Lunatic asylums in Bengal annual reports 1912-1924 - 1912-1924
Year: 1912
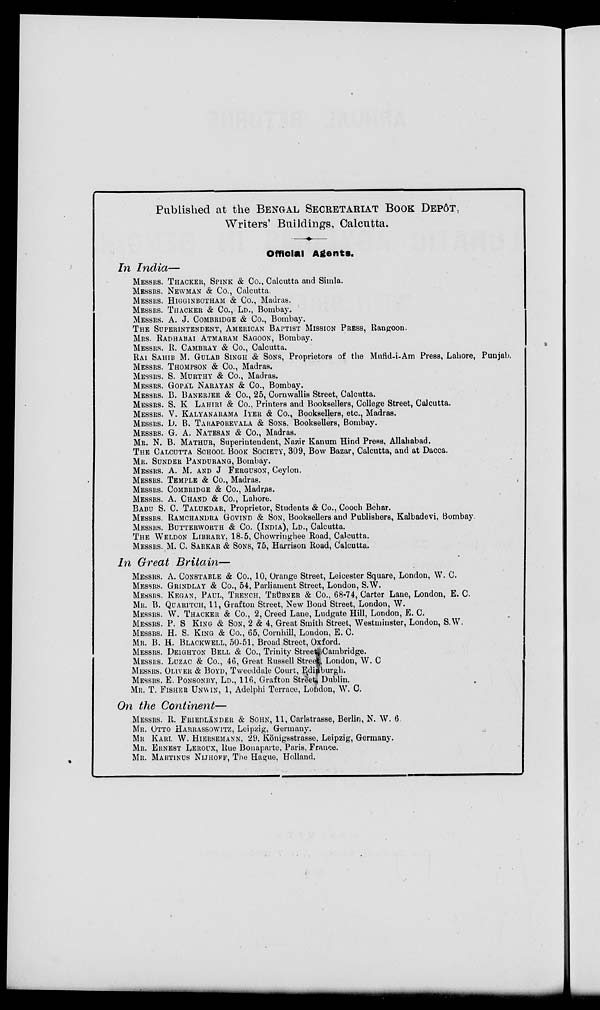
Published at the BENGAL SECRETARIAT BOOK DEPÔT
Writers' Buildings, Calcutta.
Official Agents.
In India—
MESSRS. THACKER, SPINK & Co., Calcutta and Simla.
MESSRS. NEWMAN & Co., Calcutta.
MESSRS. HIGGINBOTHAM & Co., Madras.
MESSRS. THACKER & Co., LD., Bombay.
MESSRS. A. J. COMBRIDGE & Co., Bombay.
THE SUPERINTENDENT, AMERICAN BAPTIST MISSION PRESS, Rangoon.
MRS. RADHABAI ATMARAM SAGOON, Bombay.
MESSRS. R. CAMBRAY & Co., Calcutta.
RAI SAHIB M. GULAB SINGH & SONS, Proprietors of the Mufid-i-Am Press, Lahore, Punjab.
MESSRS. THOMPSON & Co., Madras.
MESSRS. S. MURTHY & Co., Madras.
MESSRS. GOPAL NARAYAN & Co., Bombay.
MESSRS. B. BANERJEE & Co., 25, Cornwallis Street, Calcutta.
MESSRS. S. K. LAHIRI & Co., Printers and Booksellers, College Street, Calcutta.
MESSRS. V. KALYANARAMA IYER & Co., Booksellers, etc., Madras.
MESSRS. D. B. TARAPOREVALA & SONS. Booksellers, Bombay.
MESSRS. G. A. NATESAN & Co., Madras.
MR. N. B. MATHUR, Superintendent, Nazir Kanum Hind Press, Allahabad.
THE CALCUTTA SCHOOL BOOK SOCIETY, 309, Bow Bazar, Calcutta, and at Dacca.
MR. SUNDER PANDURANG, Bombay.
MESSRS. A. M. AND J. FERGUSON, Ceylon.
MESSRS. TEMPLE & Co., Madras.
MESSRS. COMBRIDGE & Co., Madras.
MESSRS. A. CHAND & Co., Lahore.
BABU S. C. TALUKDAR, Proprietor, Students & Co., Cooch Behar.
MESSRS. RAMCHANDRA GOVIND & SON, Booksellers and Publishers, Kalbadevi, Bombay
MESSRS. BUTTERWORTH & Co. (INDIA), LD., Calcutta.
THE WELDON LIBRARY. 18-5, Chowringhee Road, Calcutta.
MESSRS. M. C. SARKAR & SONS, 75, Harrison Road, Calcutta.
In Great Britain—
MESSRS. A. CONSTABLE & Co., 10, Orange Street, Leicester Square, London, W. C.
MESSRS. GRINDLAY & Co., 54, Parliament Street, London, S.W.
MESSRS. KEGAN, PAUL, TRENCH, TRÜBNER & Co., 68-74, Carter Lane, London, E. C.
MR. B. QUARITCH, 11, Grafton Street, New Bond Street, London, W.
MESSRS. W. THACKER & Co., 2, Creed Lane, Ludgate Hill, London, E. C.
MESSRS. P. S. KING & SON, 2 & 4, Great Smith Street, Westminster, London, S.W.
MESSRS. H. S. KING & Co., 65, Cornhill, London, E. C.
MR. B. H. BLACKWELL, 50-51, Broad Street, Oxford.
MESSRS. DEIGHTON BELL & Co., Trinity Street Cambridge.
MESSRS. LUZAC & Co., 46, Great Russell Stree London, W. C
MESSRS. OLIVER & BOYD, Tweeddale Court, Edi burgh.
MESSRS. E. PONSONBY, LD., 116, Grafton Street Dublin.
MR. T. FISHER UNWIN, 1, Adelphi Terrace, London, W. C.
On the Continent—
MESSRS. R. FRIEDLÄNDER & SOHN, 11, Carlstrasse, Berlin, N. W. 6
MR. OTTO HARRASSOWITZ, Leipzig, Germany.
MR KARL W. HIERSEMANN, 29, Königsstrasse, Leipzig, Germany.
MR. ERNEST LEROUX, Rue Bonaparte, Paris, France.
MR. MARTINUS NIJHOFF, The Hague, Holland.